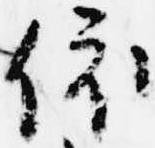
依